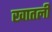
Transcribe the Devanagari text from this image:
खातली